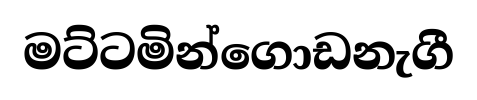
මට්ටමින්ගොඩනැගී